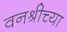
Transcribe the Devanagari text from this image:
वनश्रीच्या